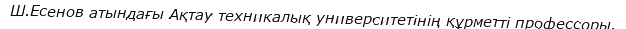
Ш.Есенов атындағы Ақтау техникалық университетінің құрметті профессоры.